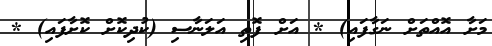
މަށާ އޮއްތަށް ނަގާފައި) * އަށް ފޮތި އަލަނާސި (ކުދިކޮށް ކޮށާފައި) *